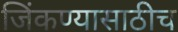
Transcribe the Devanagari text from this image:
जिंकण्यासाठीच